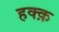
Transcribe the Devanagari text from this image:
हक्क़